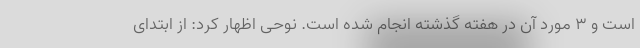
است و ۳ مورد آن در هفته گذشته انجام شده است. نوحی اظهار کرد: از ابتدای